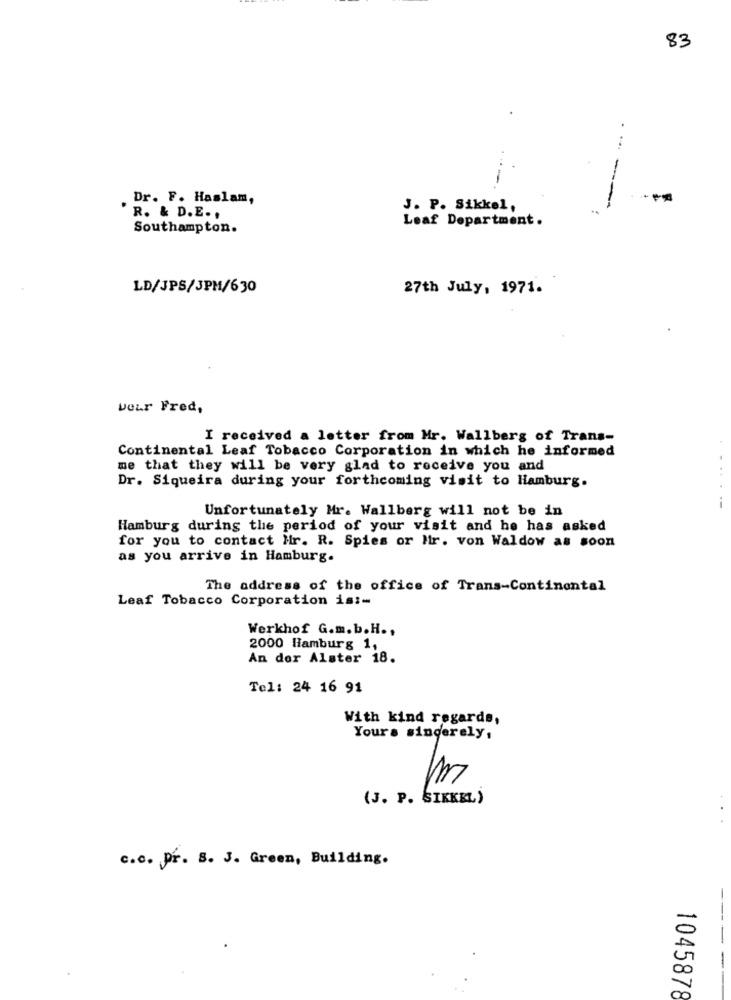
83
Dr. F. Haslam,
J. P. Sikkel,
R. & D.E ..
Leaf Department.
Southampton.
LD/JPS/JPM/630
27th July, 1971.
voir Fred,
I received a letter from Mr. Wallberg of Trans-
Continental Leaf Tobacco Corporation in which he informed
me that they will be very glad to receive you and
Dr. Siqueira during your forthcoming visit to Hamburg.
.-
Unfortunately Mr. Wallberg will not be in
Hamburg during the period of your visit and he has asked
for you to contact Mr. R. Spies or Mir. von Waldow as soon
as you arrive in Hamburg.
The address of the office of Trans-Continental
Leaf Tobacco Corporation is :-
Werkhof G.m.b.H .,
2000 Hamburg 1,
An der Alster 18.
Tel: 24 16 91
With kind regards,
Yours sincerely,
(J. P. SIKKEL)
c.c. Pr. 8. J. Green, Building.
-----
1045878